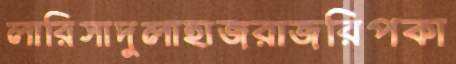
লারিসাদুলাহাজরাজরিপকা